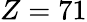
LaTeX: Z=71